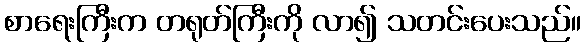
စာရေးကြီးက တရုတ်ကြီးကို လာ၍ သတင်းပေးသည်။